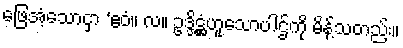
ဖြေအံ့သောငှာ ‘ဧဝံ။ လ။ ဥဒ္ဒိဋ္ဌံဟူသောပါဌ်ကို မိန့်သတည်း။